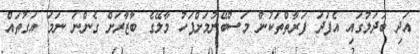
އަދި ބަދަލުގައި އެފަދަ ފަރާތްތަކުން މަސްބޭނުމަށްފަހު މާލޭގެ ބާޒާރަށް ގެންނަ ނަމަ އަގުތައް